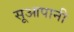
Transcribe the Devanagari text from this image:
सूआपानी